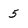
Character: 5